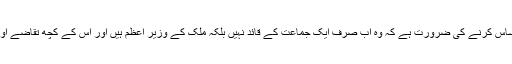
نریندر مودی کو یہ احساس کرنے کی ضرورت ہے کہ وہ اب صرف ایک جماعت کے قائد نہیں بلکہ ملک کے وزیر اعظم ہیں اور اس کے کچھ تقاضے اور ذمہ داریاں ہوتی ہیں۔